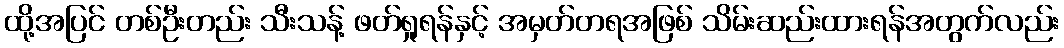
ထို့အပြင် တစ်ဦးတည်း သီးသန့် ဖတ်ရှုရန်နှင့် အမှတ်တရအဖြစ် သိမ်းဆည်းထားရန်အတွက်လည်း